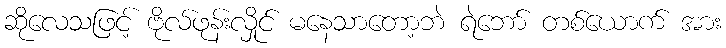
ဆိုလေသဖြင့် ဗိုလ်ဖုန်းလှိုင် မနေသာတော့ဘဲ ရဲဘော် တစ်ယောက် အား